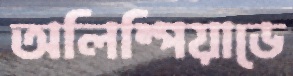
অলিম্পিয়াডে